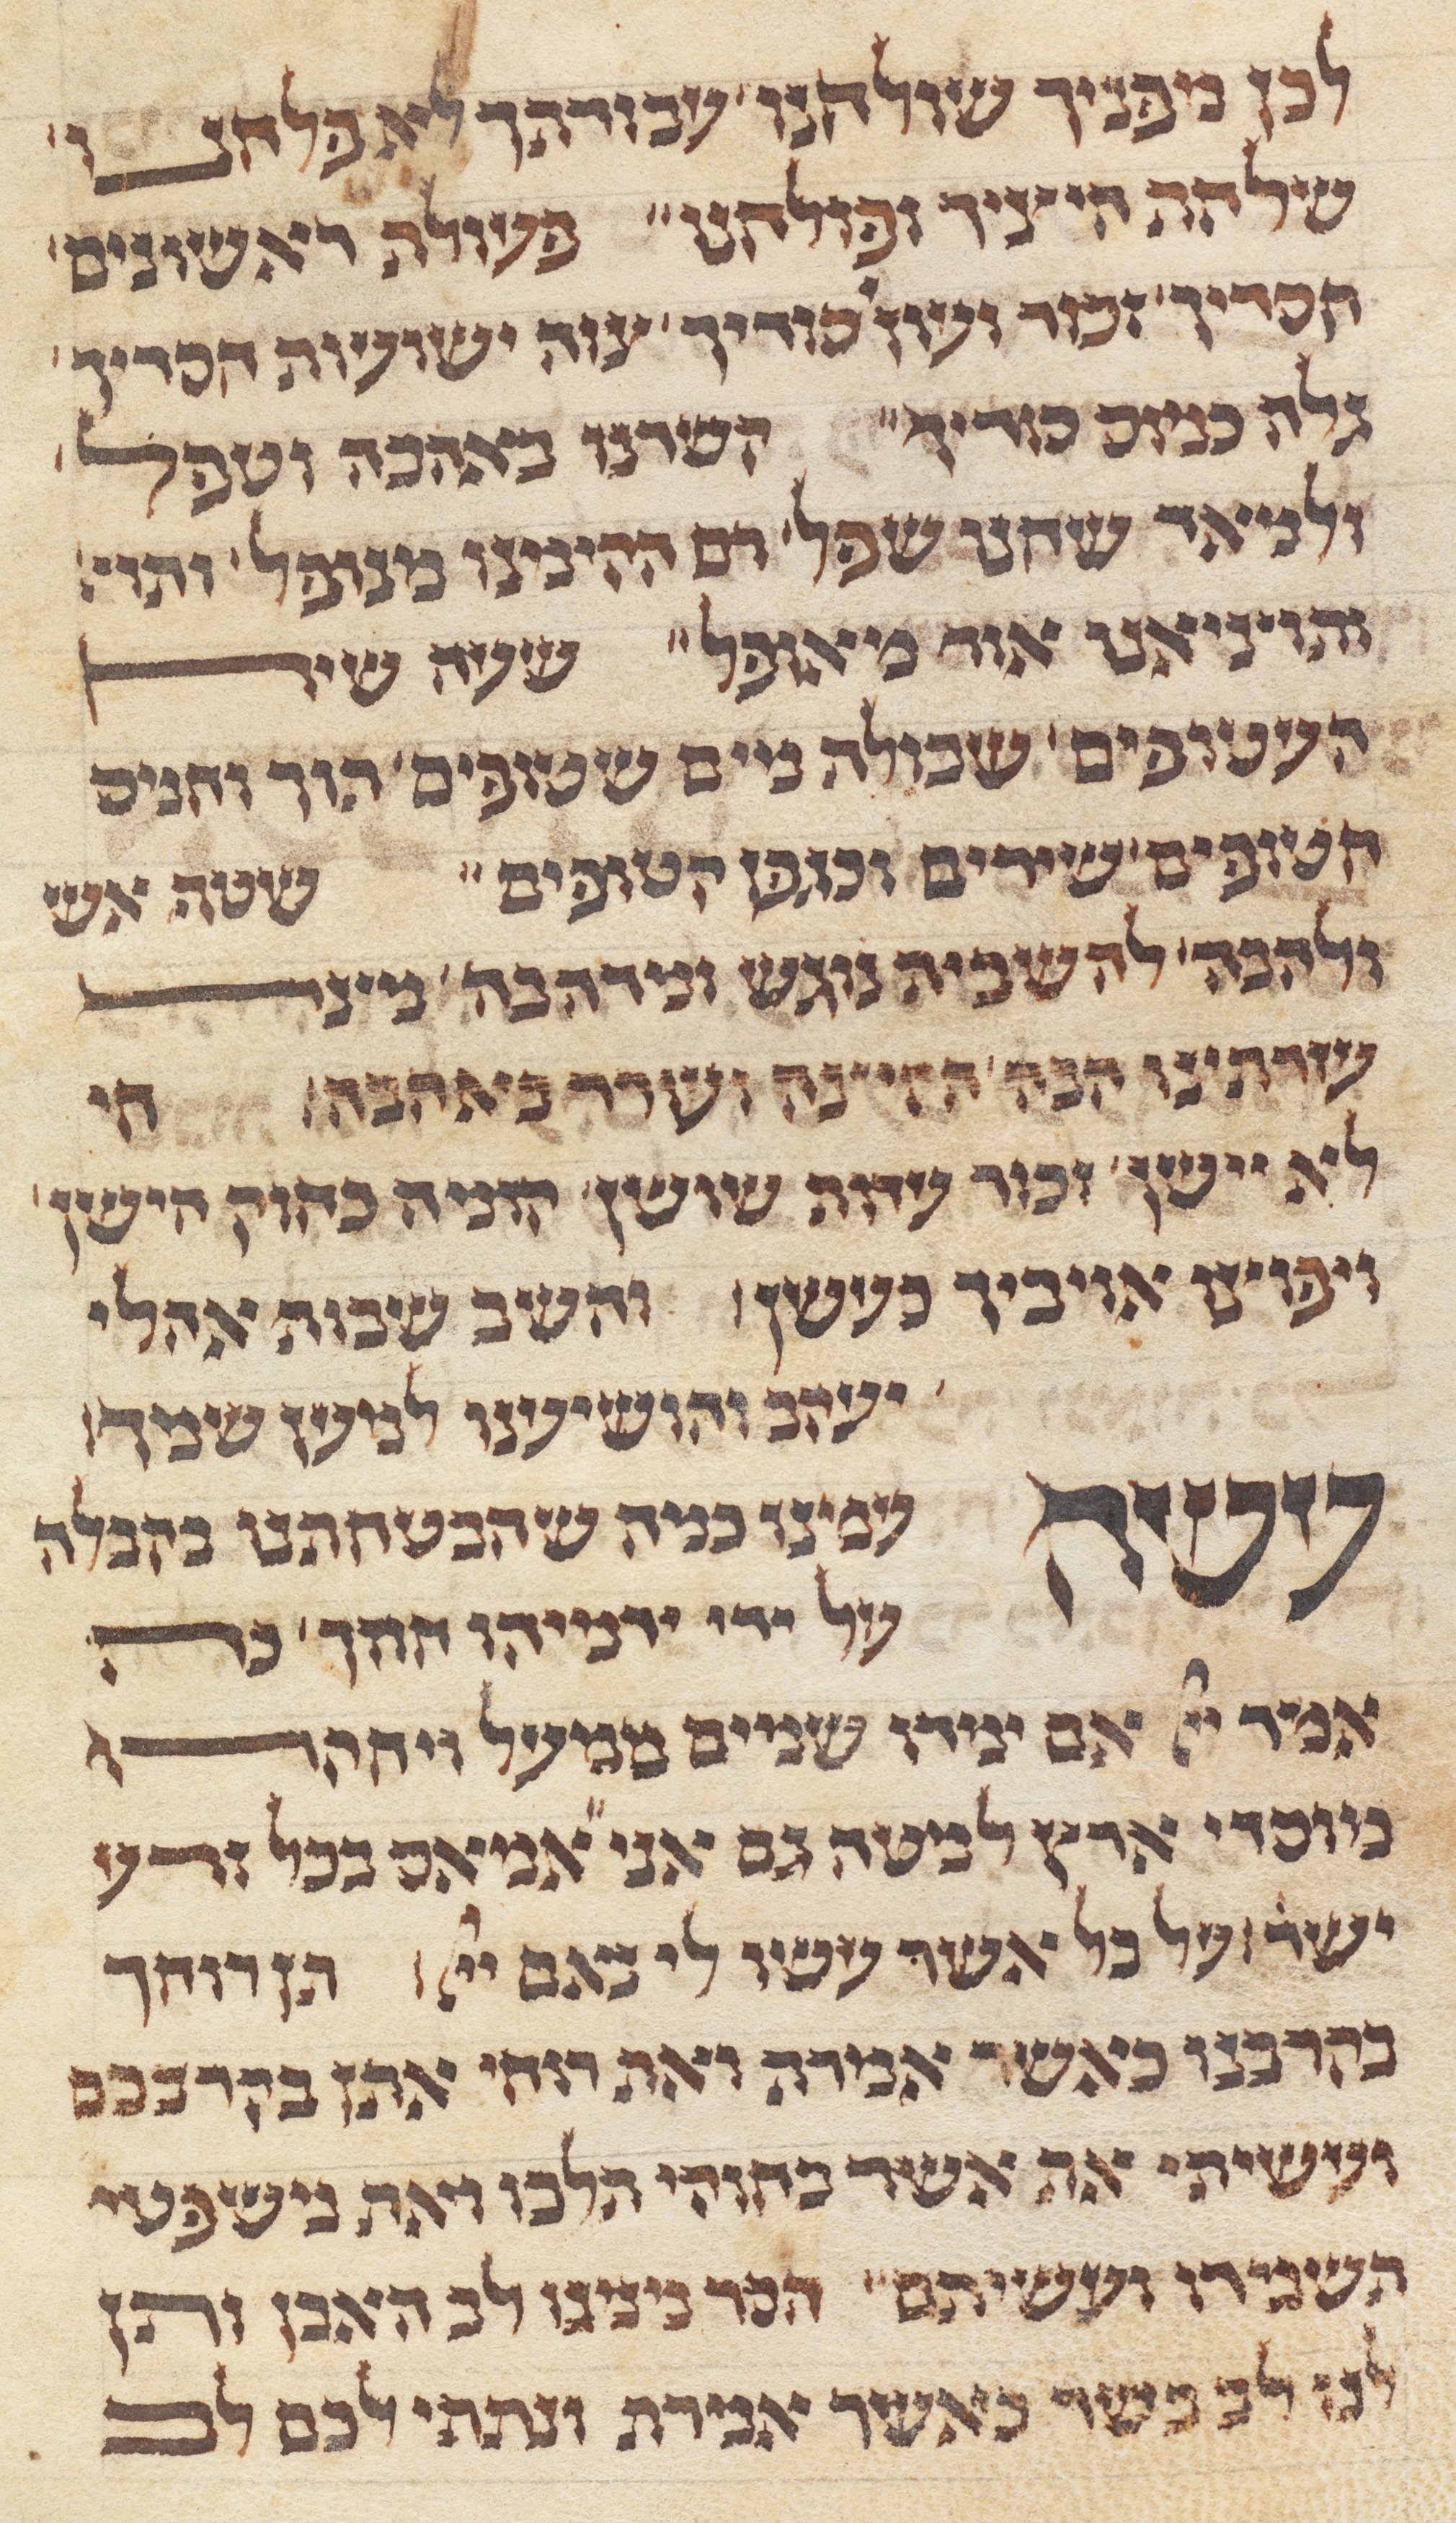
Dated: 1285–1315